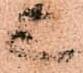
上